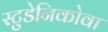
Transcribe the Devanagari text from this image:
स्टुडेनिकोवा